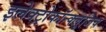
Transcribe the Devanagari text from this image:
इलेक्ट्रोकॉन्क्लुजिव